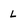
Character: L